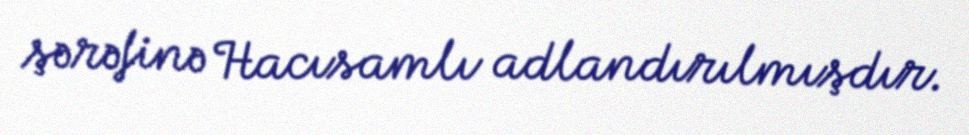
şərəfinə Hacısamlı adlandırılmışdır.